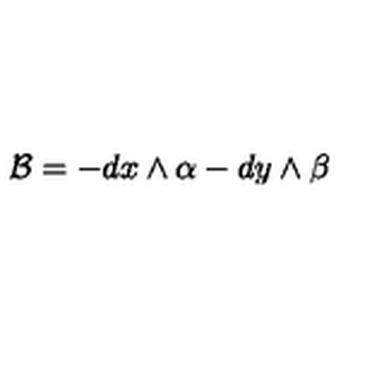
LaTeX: \mathcal { B } = - d x \wedge \alpha - d y \wedge \beta